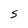
Character: S